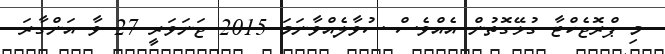
މި ޕްރޮޖެކްޓާ ގުޅޭގޮތުން އެއްވެސް ސުވާލެއްވާނަމަ 2015 ޖަނަވަރީ 27 ވާ އަންގާރަ